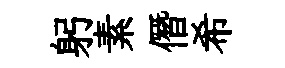
躬素僭希